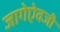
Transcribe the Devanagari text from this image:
जागेऐवजी